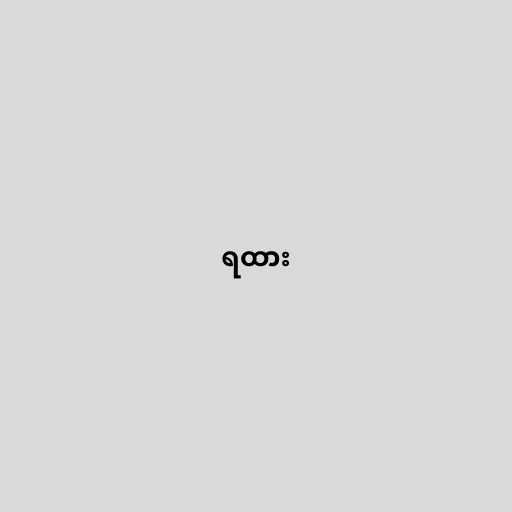
ရထား